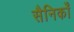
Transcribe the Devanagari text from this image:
सैनिकोँ